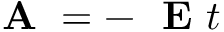
\mathrm { ~ \bf ~ A ~ } = - \mathrm { ~ \bf ~ E ~ } t